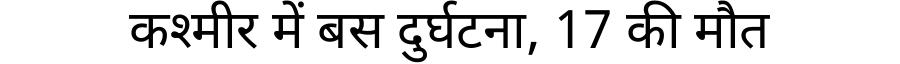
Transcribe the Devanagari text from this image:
कश्मीर में बस दुर्घटना, 17 की मौत